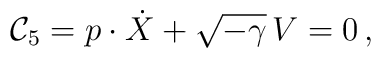
{\cal C}_5 = p\cdot \dot{X} + \sqrt{-\gamma}\,V = 0\,,